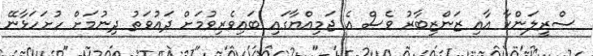
ސްރީލަންކާ އާއި ޒަންޒިބާރު ވެސް އެ ޖަމިއްޔާގައި ބައިވެރިވުމަށް ދައުވަތު ދިނުމަށް ހުށަހަޅާނޭ